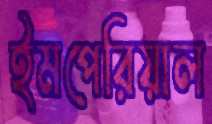
ইমপেরিয়াল